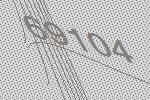
69104